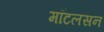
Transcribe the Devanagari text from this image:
मॉटलसन